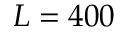
L = 4 0 0